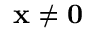
\mathbf { x } \neq \mathbf { 0 }